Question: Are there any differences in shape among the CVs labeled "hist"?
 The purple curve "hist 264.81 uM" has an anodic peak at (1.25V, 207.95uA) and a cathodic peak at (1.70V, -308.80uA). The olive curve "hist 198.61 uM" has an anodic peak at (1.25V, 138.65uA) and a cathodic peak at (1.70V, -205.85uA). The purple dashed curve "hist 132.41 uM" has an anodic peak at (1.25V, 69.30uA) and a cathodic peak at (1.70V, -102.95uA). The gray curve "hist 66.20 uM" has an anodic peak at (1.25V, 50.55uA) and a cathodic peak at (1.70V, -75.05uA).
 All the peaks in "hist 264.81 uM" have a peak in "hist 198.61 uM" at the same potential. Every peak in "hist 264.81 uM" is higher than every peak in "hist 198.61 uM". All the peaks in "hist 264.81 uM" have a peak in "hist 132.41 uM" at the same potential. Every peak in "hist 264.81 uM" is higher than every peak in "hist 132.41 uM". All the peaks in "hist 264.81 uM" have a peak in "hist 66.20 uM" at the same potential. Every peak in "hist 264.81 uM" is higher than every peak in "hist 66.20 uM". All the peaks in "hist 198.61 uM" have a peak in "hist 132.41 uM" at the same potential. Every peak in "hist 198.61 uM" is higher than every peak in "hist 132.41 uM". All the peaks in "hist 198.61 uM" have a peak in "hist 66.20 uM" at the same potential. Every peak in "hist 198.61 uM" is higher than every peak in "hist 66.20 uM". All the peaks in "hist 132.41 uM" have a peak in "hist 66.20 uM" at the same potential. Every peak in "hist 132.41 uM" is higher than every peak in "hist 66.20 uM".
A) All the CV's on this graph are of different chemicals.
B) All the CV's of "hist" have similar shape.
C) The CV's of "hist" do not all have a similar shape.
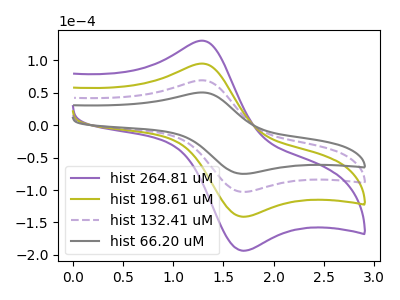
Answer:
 <answer>B) All the CV's of "hist" have similar shape.</answer>
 <eval>B</eval>